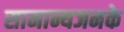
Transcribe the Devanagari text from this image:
सामान्यजनके